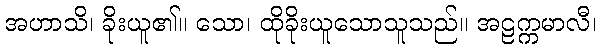
အဟာသိ၊ ခိုးယူ၏။ သော၊ ထိုခိုးယူသောသူသည်။ အဠက္ကမာလီ၊